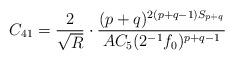
LaTeX: \begin{align*}C_{41}=\frac{2}{\sqrt{R}}\cdot\frac{(p+q)^{2(p+q-1)S_{p+q}}}{AC_5(2^{-1}f_0)^{p+q-1}}\end{align*}